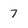
Character: 7